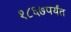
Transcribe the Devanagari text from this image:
१८६७पर्यंत